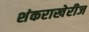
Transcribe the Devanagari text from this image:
शंकराखेरीज